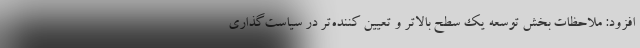
افزود: ملاحظات بخش توسعه یک سطح بالاتر و تعیین کننده‌تر در سیاست‌گذاری